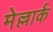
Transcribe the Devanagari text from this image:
मेल्लार्क